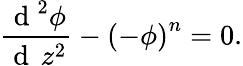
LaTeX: \frac{\mathrm{~d~}^{2}\phi}{\mathrm{~d~}\, z^{2}}-\left(-\phi\right)^{n}=0.